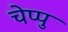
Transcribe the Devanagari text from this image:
चेप्पु